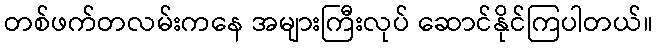
တစ်ဖက်တလမ်းကနေ အများကြီးလုပ် ဆောင်နိုင်ကြပါတယ်။